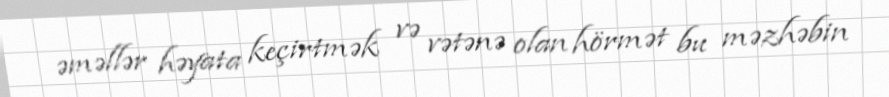
əməllər həyata keçirtmək və vətənə olan hörmət bu məzhəbin